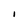
Character: I